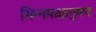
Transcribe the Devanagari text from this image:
भिन्नपक्षानुगण